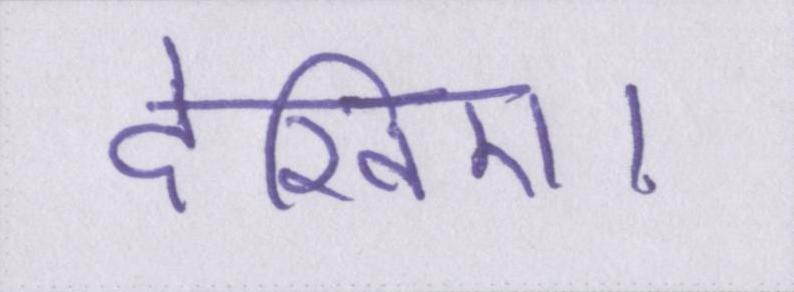
देखिए।